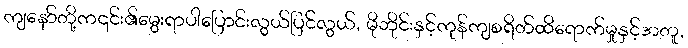
ကျနော်တို့က၎င်း၏မွေးရာပါပြောင်းလွယ်ပြင်လွယ်, မိုဘိုင်းနှင့်ကုန်ကျစရိတ်ထိရောက်မှုနှင့်အတူ,